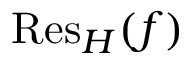
{ \mathrm { R e s } } _ { H } ( f )